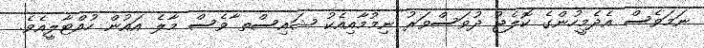
ނަމަވެސް އެދެމީހުންގެ ކޮލެޖު ދުވަސްވަރު ނިމުމާއިއެކު ޝައިސްތ ާވެސް މާލެ އައުން ހުއްޓާލީއެވެ.